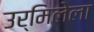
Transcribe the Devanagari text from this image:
उर्मिलेला